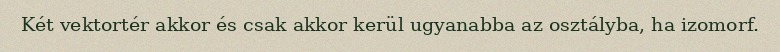
Két vektortér akkor és csak akkor kerül ugyanabba az osztályba, ha izomorf.